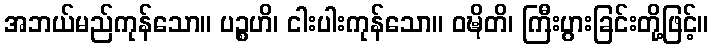
အဘယ်မည်ကုန်သော။ ပဉ္စဟိ၊ ငါးပါးကုန်သော။ ဝဍ္ဎိတိ၊ ကြီးပွားခြင်းတို့ဖြင့်။